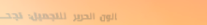
صالون الحرير للتجميل: تجد